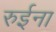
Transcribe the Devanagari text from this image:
रुईना